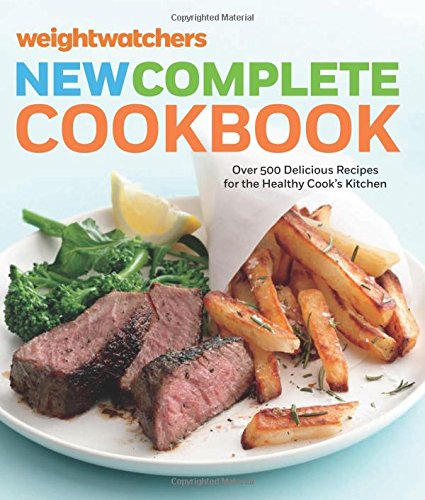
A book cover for Weight Watchers New Complete Cookbook, Fifth Edition: Over 500 Delicious Recipes for the Healthy Cook's Kitchen; Weight Watchers; Cookbooks, Food & Wine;